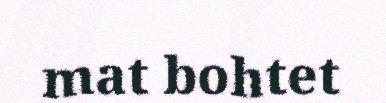
mat bohtet